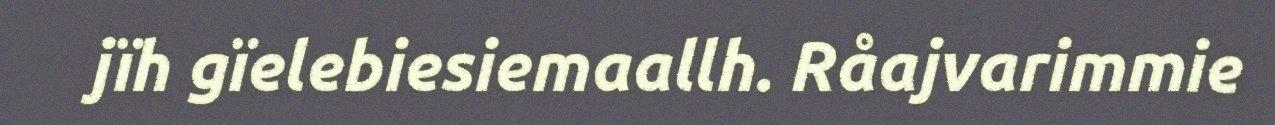
jïh gïelebiesiemaallh. Råajvarimmie